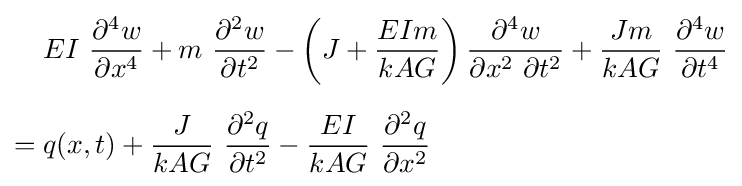
{\begin{aligned}&EI~{\frac {\partial ^{4}w}{\partial x^{4}}}+m~{\frac {\partial ^{2}w}{\partial t^{2}}}-\left(J+{\frac {EIm}{kAG}}\right){\frac {\partial ^{4}w}{\partial x^{2}~\partial t^{2}}}+{\frac {Jm}{kAG}}~{\frac {\partial ^{4}w}{\partial t^{4}}}\\[6pt]={}&q(x,t)+{\frac {J}{kAG}}~{\frac {\partial ^{2}q}{\partial t^{2}}}-{\frac {EI}{kAG}}~{\frac {\partial ^{2}q}{\partial x^{2}}}\end{aligned}}